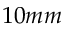
1 0 m m